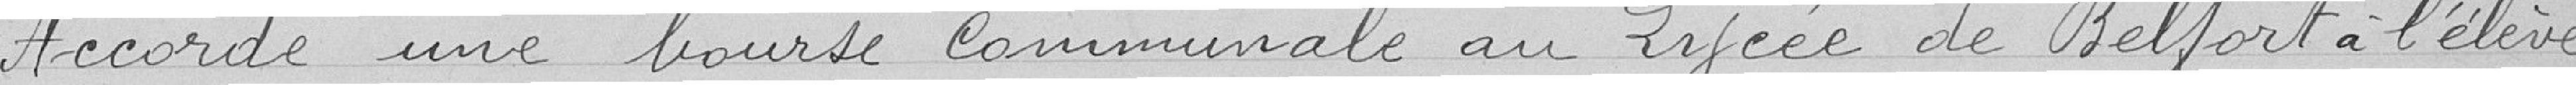
Accorde une bourse communale au Lycée de Belfort à l'élève